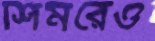
শিমরেও